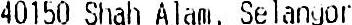
40150 SHAH ALAM, SELANGOR